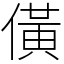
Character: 僙